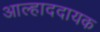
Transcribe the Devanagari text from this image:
अाल्हाददायक